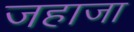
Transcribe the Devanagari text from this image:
जहाजा